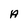
Character: A